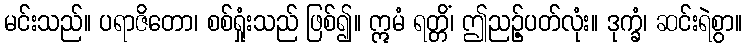
မင်းသည်။ ပရာဇိတော၊ စစ်ရှုံးသည် ဖြစ်၍။ ဣမံ ရတ္တိံ၊ ဤညဉ့်ပတ်လုံး။ ဒုက္ခံ၊ ဆင်းရဲစွာ။